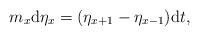
LaTeX: \begin{align*} {m}_x \text d \eta_x = (\eta_{x+1}-\eta_{x-1}) \text d t, \end{align*}